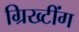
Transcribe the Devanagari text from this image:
ग्रिख्टींग